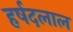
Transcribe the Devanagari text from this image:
हर्षदलाल